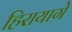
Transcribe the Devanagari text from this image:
हिरायागे